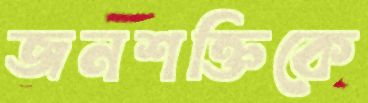
জনশক্তিকে